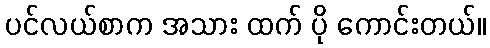
ပင်လယ်စာက အသား ထက် ပို ကောင်းတယ်။